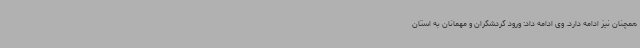
همچنان نیز ادامه دارد. وی ادامه داد: ورود گردشگران و مهمانان به استان